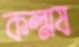
কল্মষ